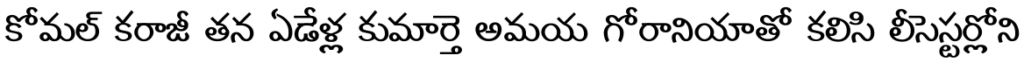
కోమల్ కరాజీ తన ఏడేళ్ల కుమార్తె అమయ గోరానియాతో కలిసి లీసెస్టర్లోని